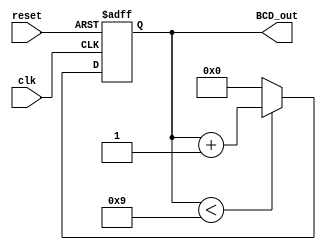
module BCD_Counter (
    input wire clk,          // Clock signal
    input wire reset,        // Asynchronous reset signal
    output reg [3:0] BCD_out // 4-bit output for BCD representation
);

    // Internal register to hold the current count value
    reg [3:0] count;

    // Always block triggered on the rising edge of the clock or the reset signal
    always @(posedge clk or posedge reset) begin
        if (reset) begin
            // Asynchronous reset: set count to 0
            count <= 4'b0000;
        end else begin
            // Counting mechanism
            if (count < 4'b1001) begin
                // Increment count if less than 9
                count <= count + 1;
            end else begin
                // Reset count to 0 if it reaches 9
                count <= 4'b0000;
            end
        end
    end

    // Continuous assignment of count to BCD_out
    always @(*) begin
        BCD_out = count;
    end

endmodule